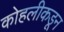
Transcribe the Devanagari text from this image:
कोहलीकडून